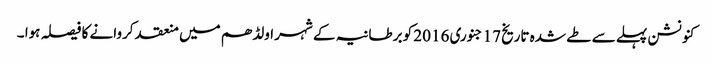
کنونشن پہلے سے طے شدہ تاریخ 17 جنوری 2016 کو برطانیہ کے شہر اولڈھم میں منعقد کروانے کا فیصلہ ہوا ۔